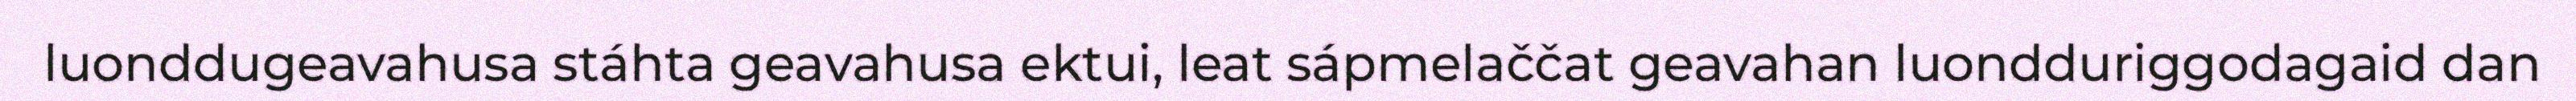
luonddugeavahusa stáhta geavahusa ektui, leat sápmelaččat geavahan luondduriggodagaid dan